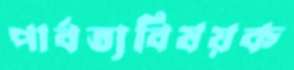
পার্বত্যবিষয়ক